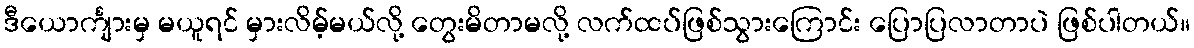
ဒီယောင်္ကျားမှ မယူရင် မှားလိမ့်မယ်လို့ တွေးမိတာမလို့ လက်ထပ်ဖြစ်သွားကြောင်း ပြောပြလာတာပဲ ဖြစ်ပါတယ်။